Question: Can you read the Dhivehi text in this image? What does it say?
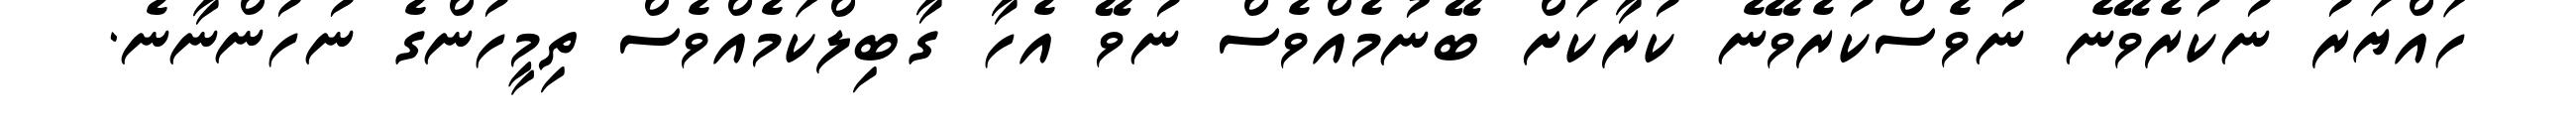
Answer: ހައްޔަރު ނުކުރެވޭނެ ނުވެސްކުރެވޭނެ ކުރާކަށް ބޭނުމެއްވެސް ނުވޭ އެހާ ގާބިލްކަމެއްވެސް ތިމީހުންގެ ނުހުންނާނެ.